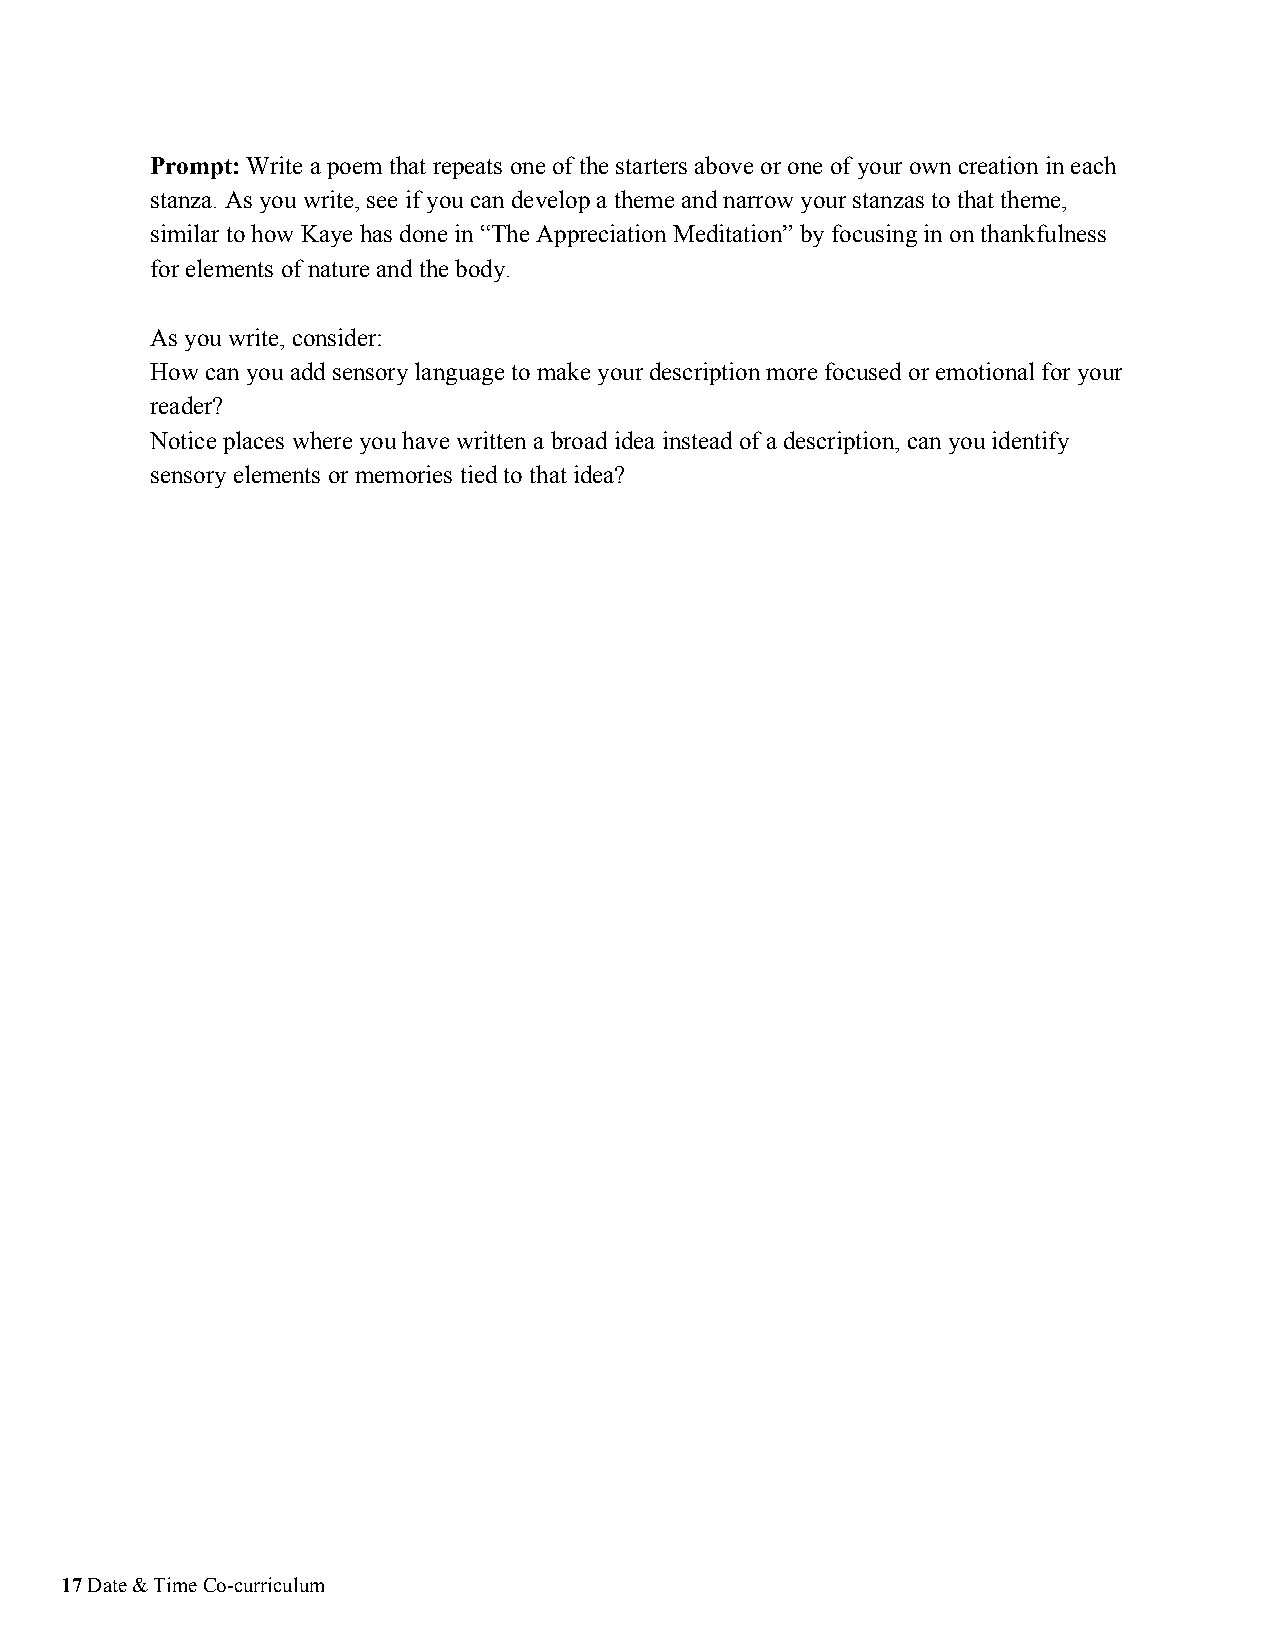
Prompt: Write a poem that repeats one of the starters above or one of your own creation in each
 ​​
 stanza. As you write, see if you can develop a theme and narrow your stanzas to that theme,
 similar to how Kaye has done in “The Appreciation Meditation” by focusing in on thankfulness
 for elements of nature and the body.
 As you write, consider:
 How can you add sensory language to make your description more focused or emotional for your
 reader?
 Notice places where you have written a broad idea instead of a description, can you identify
 sensory elements or memories tied to that idea?
 17 Date & Time Co-curriculum
 ​​